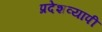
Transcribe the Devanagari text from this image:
प्रदेशव्यापी